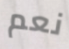
نعم